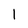
Character: 1